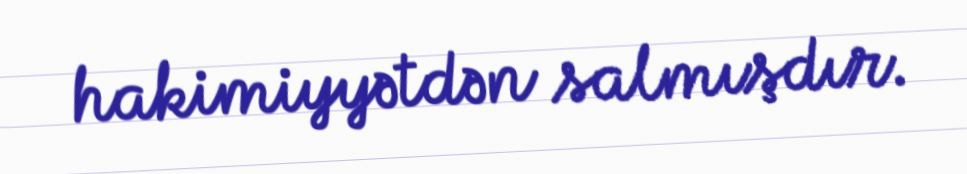
hakimiyyətdən salmışdır.